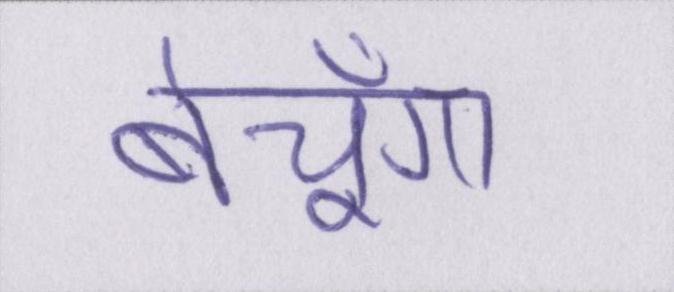
बेचूँगा